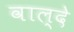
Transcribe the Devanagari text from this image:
वाल्दे